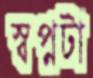
স্বপ্নটা